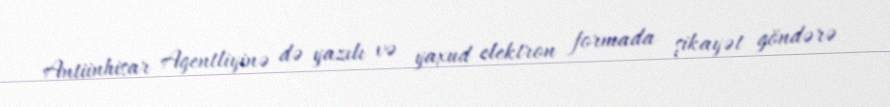
Antiinhisar Agentliyinə də yazılı və yaxud elektron formada şikayət göndərə